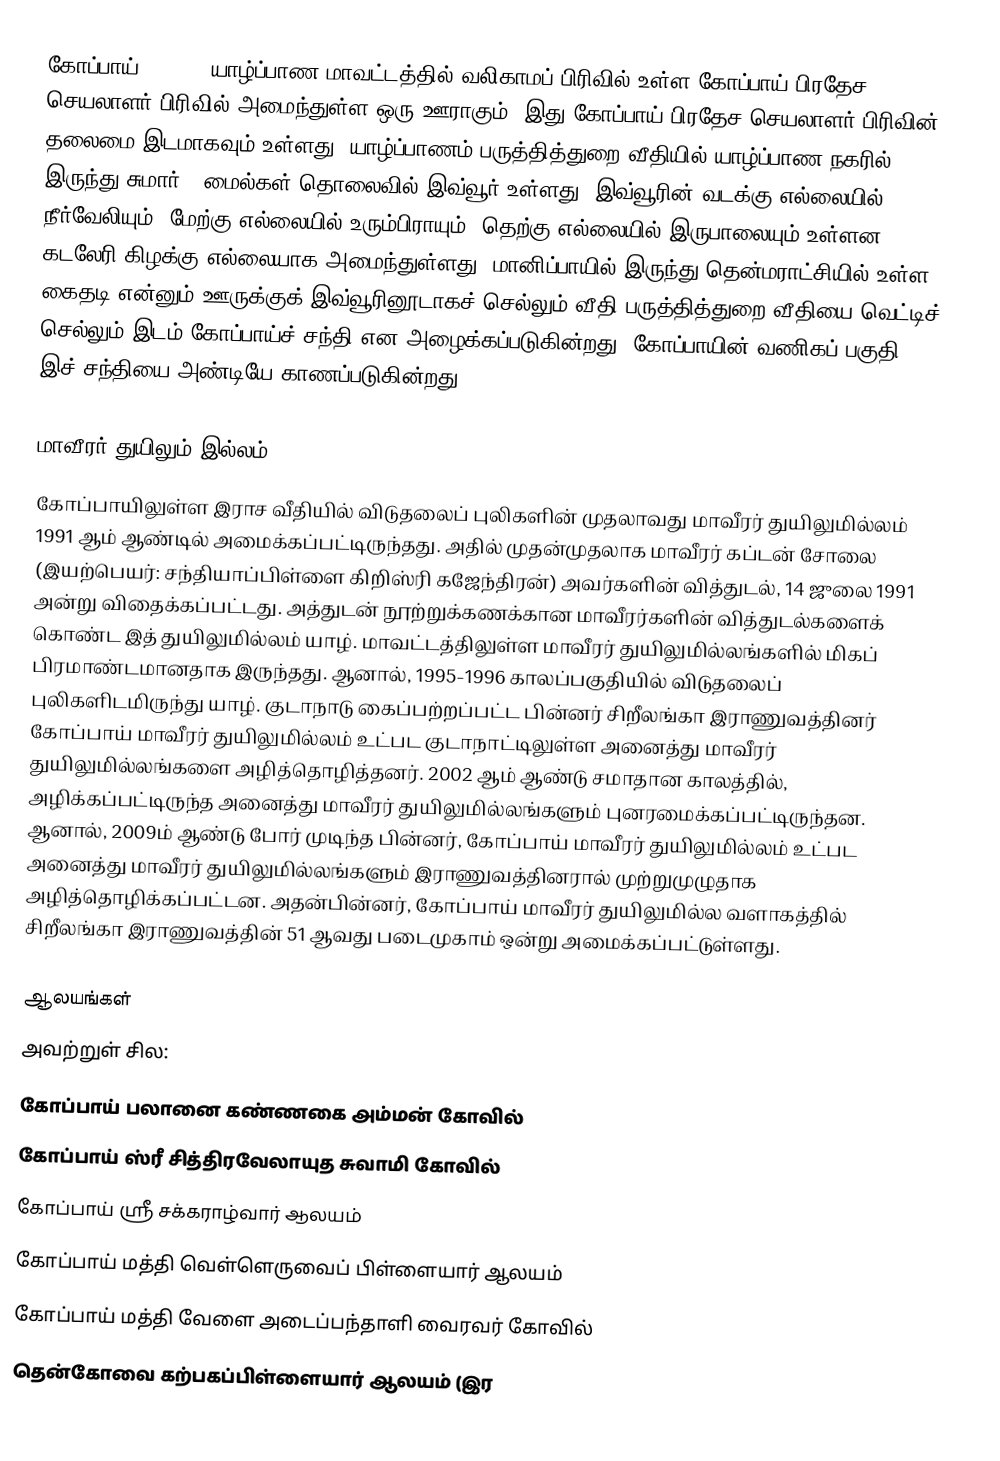
கோப்பாய் (Kopay) யாழ்ப்பாண மாவட்டத்தில் வலிகாமப் பிரிவில் உள்ள கோப்பாய் பிரதேச செயலாளர் பிரிவில் அமைந்துள்ள ஒரு ஊராகும். இது கோப்பாய் பிரதேச செயலாளர் பிரிவின் தலைமை இடமாகவும் உள்ளது. யாழ்ப்பாணம்-பருத்தித்துறை வீதியில் யாழ்ப்பாண நகரில் இருந்து சுமார் 4 மைல்கள் தொலைவில் இவ்வூர் உள்ளது. இவ்வூரின் வடக்கு எல்லையில் நீர்வேலியும், மேற்கு எல்லையில் உரும்பிராயும், தெற்கு எல்லையில் இருபாலையும் உள்ளன. கடலேரி கிழக்கு எல்லையாக அமைந்துள்ளது. மானிப்பாயில் இருந்து தென்மராட்சியில் உள்ள கைதடி என்னும் ஊருக்குக் இவ்வூரினூடாகச் செல்லும் வீதி பருத்தித்துறை வீதியை வெட்டிச் செல்லும் இடம் கோப்பாய்ச் சந்தி என அழைக்கப்படுகின்றது. கோப்பாயின் வணிகப் பகுதி இச் சந்தியை அண்டியே காணப்படுகின்றது.

மாவீரர் துயிலும் இல்லம்
கோப்பாயிலுள்ள இராச வீதியில் விடுதலைப் புலிகளின் முதலாவது மாவீரர் துயிலுமில்லம் 1991 ஆம் ஆண்டில் அமைக்கப்பட்டிருந்தது. அதில் முதன்முதலாக மாவீரர் கப்டன் சோலை (இயற்பெயர்: சந்தியாப்பிள்ளை கிறிஸ்ரி கஜேந்திரன்) அவர்களின் வித்துடல், 14 ஜுலை 1991 அன்று விதைக்கப்பட்டது. அத்துடன் நூற்றுக்கணக்கான மாவீரர்களின் வித்துடல்களைக் கொண்ட இத் துயிலுமில்லம் யாழ். மாவட்டத்திலுள்ள மாவீரர் துயிலுமில்லங்களில் மிகப் பிரமாண்டமானதாக இருந்தது. ஆனால், 1995-1996 காலப்பகுதியில் விடுதலைப் புலிகளிடமிருந்து யாழ். குடாநாடு கைப்பற்றப்பட்ட பின்னர் சிறீலங்கா இராணுவத்தினர் கோப்பாய் மாவீரர் துயிலுமில்லம் உட்பட குடாநாட்டிலுள்ள அனைத்து மாவீரர் துயிலுமில்லங்களை அழித்தொழித்தனர். 2002 ஆம் ஆண்டு சமாதான காலத்தில், அழிக்கப்பட்டிருந்த அனைத்து மாவீரர் துயிலுமில்லங்களும் புனரமைக்கப்பட்டிருந்தன. ஆனால், 2009ம் ஆண்டு போர் முடிந்த பின்னர், கோப்பாய் மாவீரர் துயிலுமில்லம் உட்பட அனைத்து மாவீரர் துயிலுமில்லங்களும் இராணுவத்தினரால் முற்றுமுழுதாக அழித்தொழிக்கப்பட்டன. அதன்பின்னர், கோப்பாய் மாவீரர் துயிலுமில்ல வளாகத்தில் சிறீலங்கா இராணுவத்தின் 51 ஆவது படைமுகாம் ஒன்று அமைக்கப்பட்டுள்ளது.

ஆலயங்கள்
அவற்றுள் சில:
கோப்பாய் பலானை கண்ணகை அம்மன் கோவில்
கோப்பாய் ஸ்ரீ சித்திரவேலாயுத சுவாமி கோவில்
கோப்பாய் ஸ்ரீ சக்கராழ்வார் ஆலயம்
கோப்பாய் மத்தி வெள்ளெருவைப் பிள்ளையார் ஆலயம்
கோப்பாய் மத்தி வேளை அடைப்பந்தாளி வைரவர் கோவில்
தென்கோவை கற்பகப்பிள்ளையார் ஆலயம் (இர